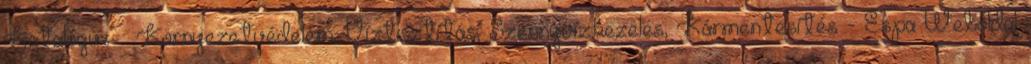
Katalógus » Környezetvédelem, Víztisztítás, Szennyvízkezelés, Kármentesítés - Espa Weboldal